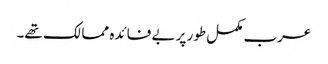
عرب مکمل طور پر بے فائدہ ممالک تھے۔